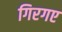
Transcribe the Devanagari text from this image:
गिरगए